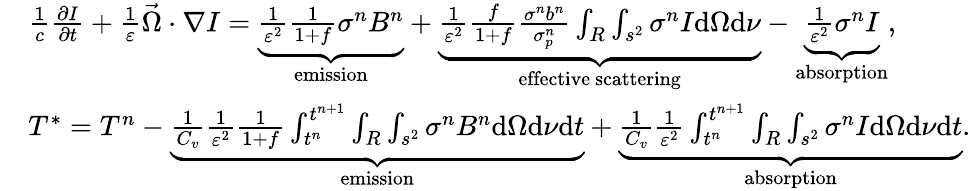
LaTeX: \begin{array}{rl}&{\frac{1}{c}\frac{\partial I}{\partial t}+\frac{1}{\varepsilon}\vec{\Omega}\cdot\nabla I=\underbrace{\frac{1}{\varepsilon^{2}}\frac{1}{1+f}\sigma^{n}B^{n}}_{\mathrm{emission}}+\underbrace{\frac{1}{\varepsilon^{2}}\frac{f}{1+f}\frac{\sigma^{n}b^{n}}{\sigma_{p}^{n}}\int_{R}\int_{s^{2}}\sigma^{n}I\mathrm{d}\Omega\mathrm{d}\nu}_{\mathrm{effective~scattering}}-\underbrace{\frac{1}{\varepsilon^{2}}\sigma^{n}I}_{\mathrm{absorption}},}\\ &{T^{*}=T^{n}-\underbrace{\frac{1}{C_{v}}\frac{1}{\varepsilon^{2}}\frac{1}{1+f}\int_{t^{n}}^{t^{n+1}}\int_{R}\int_{s^{2}}\sigma^{n}B^{n}\mathrm{d}\Omega\mathrm{d}\nu\mathrm{d}t}_{\mathrm{emission}}+\underbrace{\frac{1}{C_{v}}\frac{1}{\varepsilon^{2}}\int_{t^{n}}^{t^{n+1}}\int_{R}\int_{s^{2}}\sigma^{n}I\mathrm{d}\Omega\mathrm{d}\nu\mathrm{d}t}_{\mathrm{absorption}}.}\end{array}